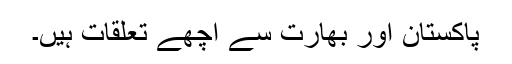
پاکستان اور بھارت سے اچھے تعلقات ہیں۔